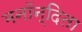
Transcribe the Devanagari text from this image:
मनॉन्दिता